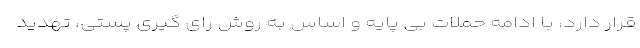
قرار دارد، با ادامه حملات بی پایه و اساس به روش رای گیری پستی، تهدید